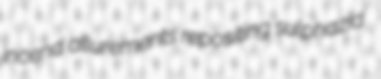
incend allurements repositing sulphazid